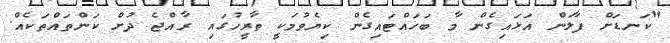
"ކަނޑަށް ފާލަން އަޅައިގެން މާ ބަހައްޓައިގެން ކިޔެވުމަކީ ތާރީހުގައި ރާއްޖެ ދުށް ކަންތައްތަކެއް.